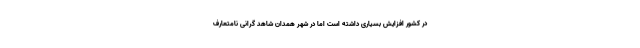
در کشور افزایش بسیاری داشته است اما در شهر همدان شاهد گرانی نامتعارف